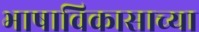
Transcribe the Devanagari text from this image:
भाषाविकासाच्या